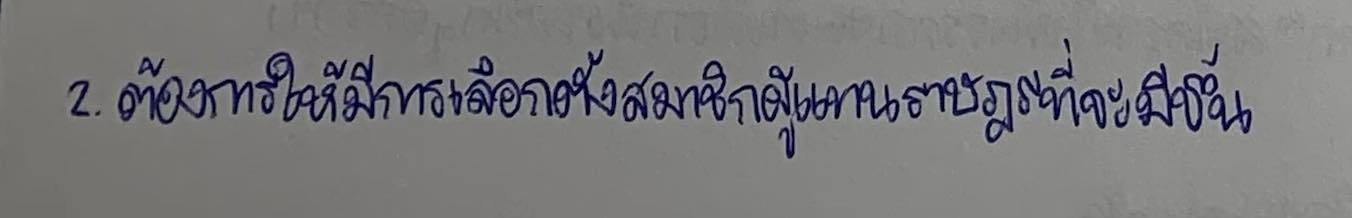
2.ต้องการให้มีการเลือกตั้งสมาชิกผู้แทนราษฎรที่จะมีขึ้น